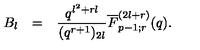
\begin{array} { r c l } { B _ { l } } & { = } & { \displaystyle \frac { q ^ { l ^ { 2 } + r l } } { ( q ^ { r + 1 } ) _ { 2 l } } \overline { { F } } _ { p - 1 ; r } ^ { ( 2 l + r ) } ( q ) . } \\ \end{array}